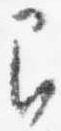
間